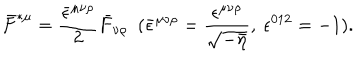
LaTeX: \bar { F } ^ { \ast \mu } = \frac { \bar { \epsilon } ^ { \mu \nu \rho } } { 2 } \bar { F } _ { \nu \rho } ~ ~ ( \bar { \epsilon } ^ { \mu \nu \rho } = \frac { \epsilon ^ { \mu \nu \rho } } { \sqrt { - \bar { \eta } } } , ~ \epsilon ^ { 0 1 2 } = - 1 ) .